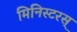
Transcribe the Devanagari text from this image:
मिनिस्टरस्